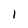
Character: l